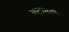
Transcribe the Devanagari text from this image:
आटानाटिय